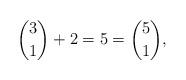
LaTeX: \begin{align*}\binom{3}{1}+2=5=\binom{5}{1},\end{align*}